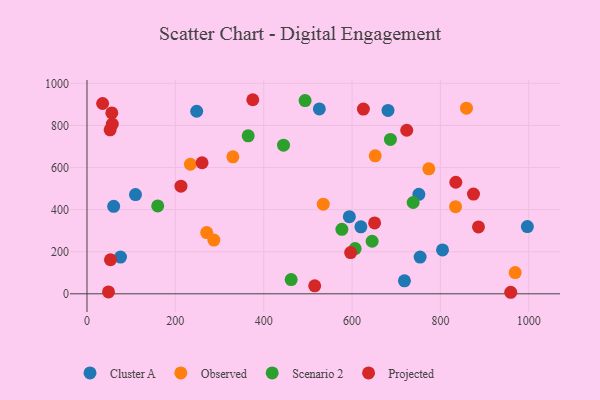
{"axis": {"x": "Engine Size", "y": "Salary"}, "legend": ["Cluster A", "Observed", "Projected", "Scenario 2"], "data": [{"x": "248.3", "y": 867.5, "type": "Cluster A"}, {"x": "996.9", "y": 319.5, "type": "Cluster A"}, {"x": "620.0", "y": 318.1, "type": "Cluster A"}, {"x": "593.9", "y": 366.4, "type": "Cluster A"}, {"x": "754.1", "y": 174.7, "type": "Cluster A"}, {"x": "60.4", "y": 415.7, "type": "Cluster A"}, {"x": "804.8", "y": 208.4, "type": "Cluster A"}, {"x": "109.8", "y": 471.3, "type": "Cluster A"}, {"x": "718.6", "y": 61.7, "type": "Cluster A"}, {"x": "751.2", "y": 472.9, "type": "Cluster A"}, {"x": "681.4", "y": 871.5, "type": "Cluster A"}, {"x": "526.0", "y": 878.5, "type": "Cluster A"}, {"x": "75.9", "y": 174.6, "type": "Cluster A"}, {"x": "287.2", "y": 255.1, "type": "Observed"}, {"x": "834.3", "y": 414.0, "type": "Observed"}, {"x": "330.2", "y": 651.1, "type": "Observed"}, {"x": "234.1", "y": 615.5, "type": "Observed"}, {"x": "773.8", "y": 593.7, "type": "Observed"}, {"x": "534.8", "y": 426.1, "type": "Observed"}, {"x": "969.3", "y": 100.8, "type": "Observed"}, {"x": "652.4", "y": 655.6, "type": "Observed"}, {"x": "859.0", "y": 882.0, "type": "Observed"}, {"x": "271.0", "y": 291.1, "type": "Observed"}, {"x": "645.5", "y": 249.8, "type": "Scenario 2"}, {"x": "493.7", "y": 918.2, "type": "Scenario 2"}, {"x": "686.9", "y": 733.7, "type": "Scenario 2"}, {"x": "364.9", "y": 750.5, "type": "Scenario 2"}, {"x": "607.0", "y": 214.8, "type": "Scenario 2"}, {"x": "444.9", "y": 706.3, "type": "Scenario 2"}, {"x": "462.2", "y": 67.6, "type": "Scenario 2"}, {"x": "577.0", "y": 306.6, "type": "Scenario 2"}, {"x": "160.1", "y": 417.6, "type": "Scenario 2"}, {"x": "738.3", "y": 433.9, "type": "Scenario 2"}, {"x": "886.2", "y": 317.9, "type": "Projected"}, {"x": "959.2", "y": 7.3, "type": "Projected"}, {"x": "515.5", "y": 38.1, "type": "Projected"}, {"x": "375.3", "y": 922.2, "type": "Projected"}, {"x": "651.1", "y": 337.0, "type": "Projected"}, {"x": "625.7", "y": 877.7, "type": "Projected"}, {"x": "48.7", "y": 8.8, "type": "Projected"}, {"x": "596.8", "y": 196.0, "type": "Projected"}, {"x": "53.1", "y": 161.9, "type": "Projected"}, {"x": "35.4", "y": 904.2, "type": "Projected"}, {"x": "723.8", "y": 777.1, "type": "Projected"}, {"x": "834.9", "y": 530.2, "type": "Projected"}, {"x": "56.2", "y": 859.4, "type": "Projected"}, {"x": "874.9", "y": 473.7, "type": "Projected"}, {"x": "52.4", "y": 779.3, "type": "Projected"}, {"x": "212.7", "y": 511.2, "type": "Projected"}, {"x": "260.5", "y": 622.7, "type": "Projected"}, {"x": "57.3", "y": 806.3, "type": "Projected"}]}